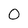
Character: 0